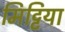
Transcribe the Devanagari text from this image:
मिट्टिया